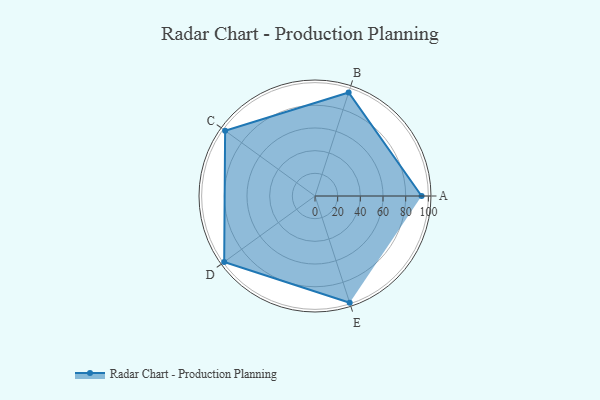
{"axis": {"x": "Skill", "y": "Score"}, "legend": ["Profile"], "data": [{"x": "A", "y": 94.0, "type": "Profile"}, {"x": "B", "y": 96.0, "type": "Profile"}, {"x": "C", "y": 98.0, "type": "Profile"}, {"x": "D", "y": 99.0, "type": "Profile"}, {"x": "E", "y": 99, "type": "Profile"}]}